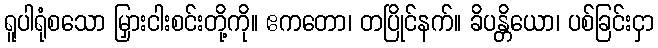
ရူပါရုံစသော မြှားငါးစင်းတို့ကို။ ဧကတော၊ တပြိုင်နက်။ ခိပန္တိယော၊ ပစ်ခြင်းငှာ